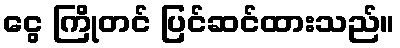
ငွေ ကြိုတင် ပြင်ဆင်ထားသည်။